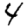
Digit: 4